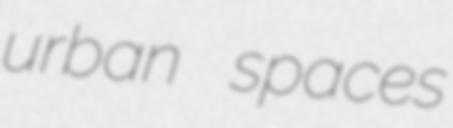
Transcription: urban spaces